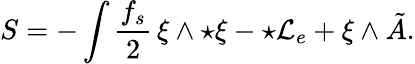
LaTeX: S=-\int\frac{f_{s}}{2}\, \xi\wedge{\star\xi}-\star{\cal L}_{e}+\xi\wedge\tilde{A}.